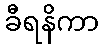
ခီရနိကာ